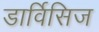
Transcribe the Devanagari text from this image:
डार्विसिज